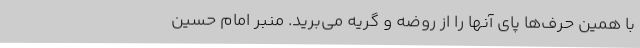
با همین حرف‌ها پای آنها را از روضه و گریه می‌برید. منبر امام حسین